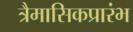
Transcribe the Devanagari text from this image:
त्रैमासिकप्रारंभ